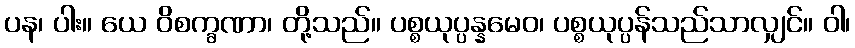
ပန၊ ပါး။ ယေ ဝိစက္ခဏာ၊ တို့သည်။ ပစ္စယုပ္ပန္နမေဝ၊ ပစ္စယုပ္ပန်သည်သာလျှင်။ ဝါ၊